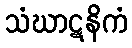
သံဃာဋနိကံ